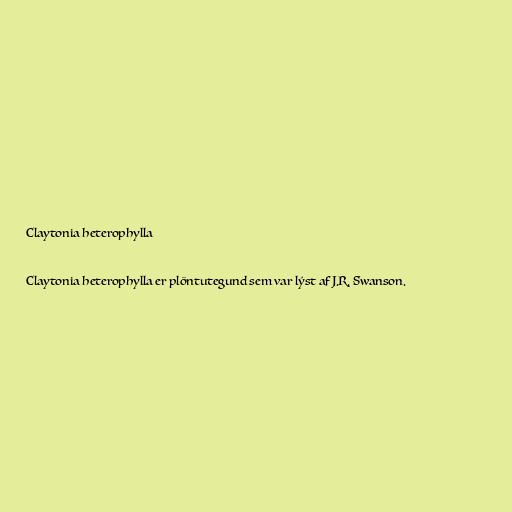
Claytonia heterophylla

Claytonia heterophylla er plöntutegund sem var lýst af J.R. Swanson.